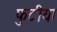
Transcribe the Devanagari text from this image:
फुटीया